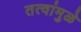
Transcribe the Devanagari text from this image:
तत्वांमुळे